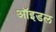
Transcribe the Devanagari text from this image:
ऑइडल